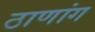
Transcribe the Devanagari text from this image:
ठाणांग